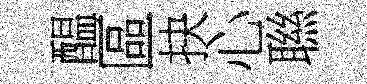
醖區抉心聮